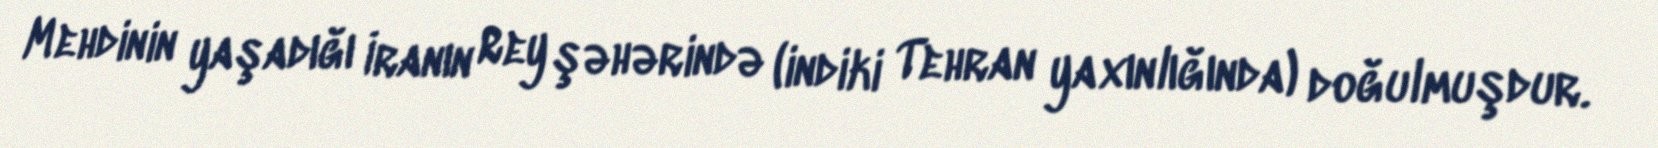
Mehdinin yaşadığı İranın Rey şəhərində (indiki Tehran yaxınlığında) doğulmuşdur.